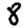
Digit: 8